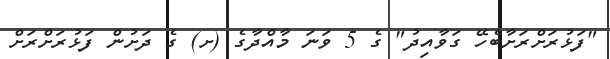
"ފަޅުރަށްރަށާބެހޭ ގަވާއިދު" ގެ 5 ވަނަ މާއްދާގެ (ށ) ގެ ދަށުން ފަޅުރަށްރަށް